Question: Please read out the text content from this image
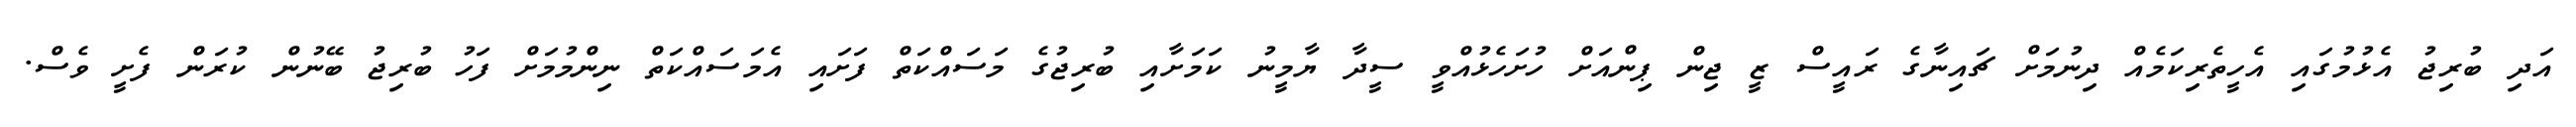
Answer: އަދި ބުރިޖު އެޅުމުގައި އެހީތެރިކަމެއް ދިނުމަށް ޗައިނާގެ ރައީސް ޒީ ޖިން ޕިންއަށް ހުށަހެޅުއްވީ ސީދާ ޔާމީނު ކަމަށާއި ބުރިޖުގެ މަސައްކަތް ފަށައި އެމަސައްކަތް ނިންމުމަށް ފަހު ބުރިޖު ބޭނުން ކުރަން ފެށީ ވެސް.